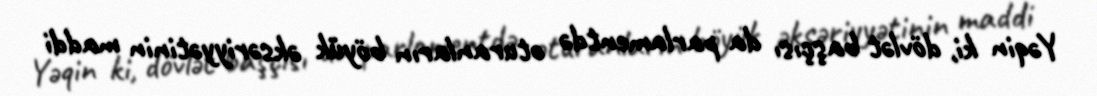
Yəqin ki, dövlət başçısı da parlamentdə oturanların böyük əksəriyyətinin maddi